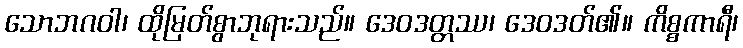
သောဘဂဝါ၊ ထိုမြတ်စွာဘုရားသည်။ ဒေဝဒတ္တဿ၊ ဒေဝဒတ်၏။ ကိစ္စကာရီ၊